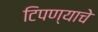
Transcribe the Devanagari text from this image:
टिपण्याचे